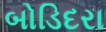
બોડિદરા